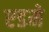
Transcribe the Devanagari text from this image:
एडमे